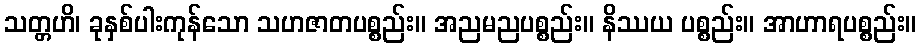
သတ္တဟိ၊ ခုနှစ်ပါးကုန်သော သဟဇာတပစ္စည်း။ အညမညပစ္စည်း။ နိဿယ ပစ္စည်း။ အာဟာရပစ္စည်း။